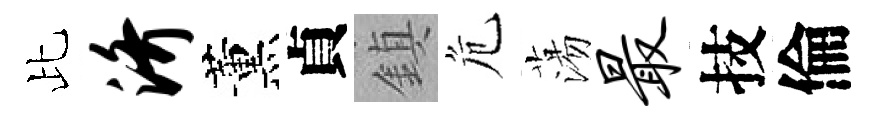
比济薰貞鎮危蕩最技倫